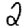
Digit: 2